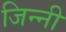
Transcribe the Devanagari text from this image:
जिन्नी